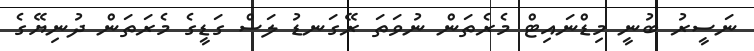
ނަސީރު ބުނީ މިޑްނައިޓް މެރެތަން ނުވަތަ ރޭގަނޑު ލަސް ގަޑީގެ މެރަތަން ދުނިޔޭގެ